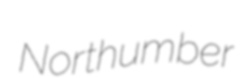
Northumber